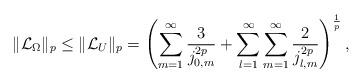
LaTeX: \begin{align*}\|\mathcal{L}_{\Omega}\|_{p}\leq\|\mathcal{L}_{U}\|_{p}=\left(\sum_{m=1}^{\infty}\frac{3}{j_{0,m}^{2p}}+\sum_{l=1}^{\infty}\sum_{m=1}^{\infty}\frac{2}{j_{l,m}^{2p}}\right)^{\frac{1}{p}},\end{align*}